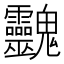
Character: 䰱